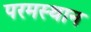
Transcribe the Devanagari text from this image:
परमस्थान